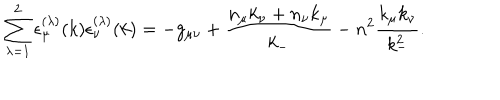
\sum _ { { \lambda } = 1 } ^ { 2 } { \epsilon } _ { \mu } ^ { ( { \lambda } ) } ( k ) { \epsilon } _ { \nu } ^ { ( { \lambda } ) } ( k ) = - g _ { { \mu } { \nu } } + \frac { n _ { \mu } k _ { \nu } + n _ { \nu } k _ { \mu } } { k _ { - } } - n ^ { 2 } \frac { k _ { \mu } k _ { \nu } } { k _ { - } ^ { 2 } } .